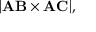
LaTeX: | \mathbf { A B } \times \mathbf { A C } | ,